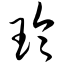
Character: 玲